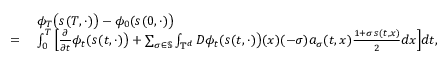
\begin{array} { r l } & { \ \phi _ { T } \big ( s ( T , \cdot ) \big ) - \phi _ { 0 } ( s ( 0 , \cdot ) \big ) } \\ { = } & { \ \int _ { 0 } ^ { T } \Big [ \frac { \partial } { \partial t } \phi _ { t } ( s ( t , \cdot ) \big ) + \sum _ { \sigma \in \mathbb { S } } \int _ { \mathbb { T } ^ { d } } D \phi _ { t } ( s ( t , \cdot ) \big ) ( x ) ( - \sigma ) a _ { \sigma } ( t , x ) \frac { 1 + \sigma \, s ( t , x ) } { 2 } d x \Big ] d t , } \end{array}